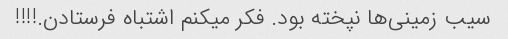
سیب زمینی‌ها نپخته بود. فکر میکنم اشتباه فرستادن.!!!!